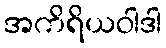
အကိရိယဝါဒါ